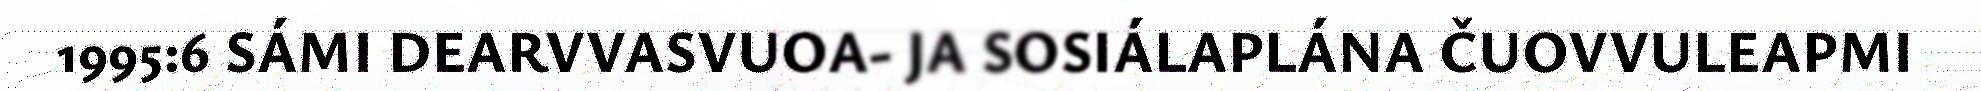
1995:6 SÁMI DEARVVASVUOA- JA SOSIÁLAPLÁNA ČUOVVULEAPMI